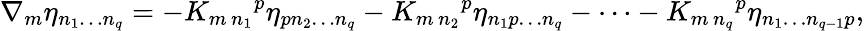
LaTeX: \nabla_{m}\eta_{n_{1}\dots n_{q}}=-K_{m\, n_{1}}{}^{p}\eta_{pn_{2}\dots n_{q}}-K_{m\, n_{2}}{}^{p}\eta_{n_{1}p\dots n_{q}}-\dots-K_{m\, n_{q}}{}^{p}\eta_{n_{1}\dots n_{q-1}p},